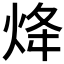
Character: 𤇺